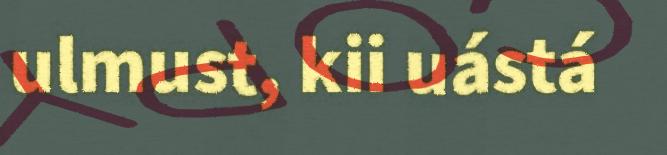
ulmust, kii uástá